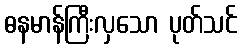
ဓနမာန်ကြီးလှသော ပုတ်သင်